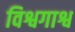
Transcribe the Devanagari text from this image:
विश्वगाश्व